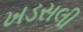
ખડસલી